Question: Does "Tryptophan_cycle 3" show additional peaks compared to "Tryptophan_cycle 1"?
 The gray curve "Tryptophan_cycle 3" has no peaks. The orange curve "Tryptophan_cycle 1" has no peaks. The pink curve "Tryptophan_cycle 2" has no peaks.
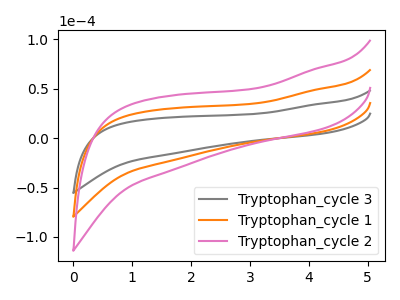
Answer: <think>Neither "Tryptophan_cycle 3" or "Tryptophan_cycle 1" have any peaks.
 </think>
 <answer>No, "Tryptophan_cycle 3" and "Tryptophan_cycle 1" don't appear to be significantly different in shape</answer>
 <eval>no_change</eval>